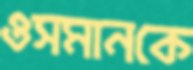
ওসমানকে